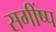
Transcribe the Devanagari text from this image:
सगींष्प